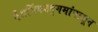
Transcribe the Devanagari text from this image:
नैसर्गिकउद्गमांपासून